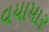
વયાપાર